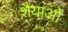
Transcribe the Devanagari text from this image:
शैैयाओं